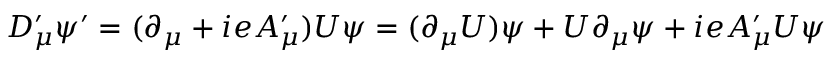
D _ { \mu } ^ { \prime } \psi ^ { \prime } = ( \partial _ { \mu } + i e A _ { \mu } ^ { \prime } ) U \psi = ( \partial _ { \mu } U ) \psi + U \partial _ { \mu } \psi + i e A _ { \mu } ^ { \prime } U \psi